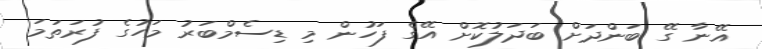
އޭނާ ގޭ ބަންދަށް ބަދަލުކޮށް އޭގެ ފަހުން މި ޑިސެމްބަރު މަހުގެ ފުރަތަމަ